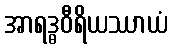
အာရဒ္ဓဝီရိယဿာယံ